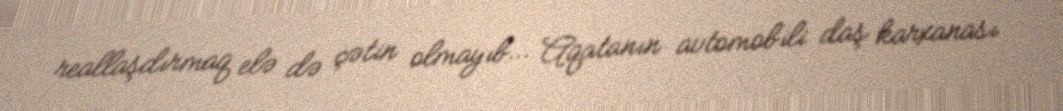
reallaşdırmaq elə də çətin olmayıb… Aqatanın avtomobili daş karxanası